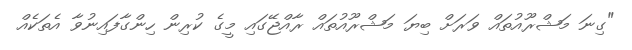
"ގިނަ މަޝްރޫއުތައް ވަރަށް ބިޔަ މަޝްރޫއުތައް ރާއްޖޭގައި މީގެ ކުރިން ހިންގާފައިނުވާ އެތަކެއް